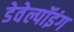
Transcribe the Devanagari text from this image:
डेवेल्पॉइंग